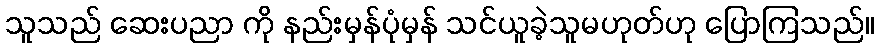
သူသည် ဆေးပညာ ကို နည်းမှန်ပုံမှန် သင်ယူခဲ့သူမဟုတ်ဟု ပြောကြသည်။